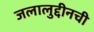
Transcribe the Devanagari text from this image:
जलालुद्दीनची